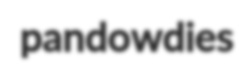
pandowdies